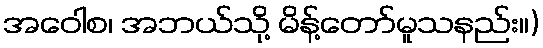
အဝေါစ၊ အဘယ်သို့ မိန့်တော်မူသနည်း။)